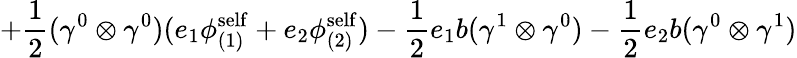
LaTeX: +\frac{1}{2}({\gamma}^{0}\otimes{\gamma}^{0})(e_{1}{\phi}_{(1)}^{\mathrm{self}}+e_{2}{\phi}_{(2)}^{\mathrm{self}})-\frac{1}{2}e_{1}b({\gamma}^{1}\otimes{\gamma}^{0})-\frac{1}{2}e_{2}b({\gamma}^{0}\otimes{\gamma}^{1})